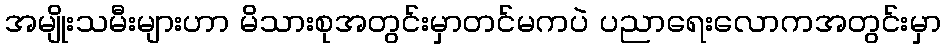
အမျိုးသမီးများဟာ မိသားစုအတွင်းမှာတင်မကပဲ ပညာရေးလောကအတွင်းမှာ